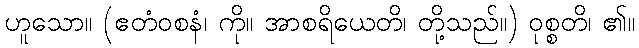
ဟူသော။ (ဧတံဝစနံ၊ ကို။ အာစရိယေတိ၊ တို့သည်။) ဝုစ္စတိ၊ ၏။